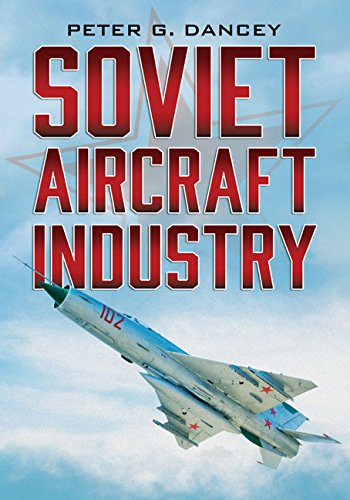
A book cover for Soviet Aircraft Industry; Peter G. Dancey; Business & Money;